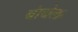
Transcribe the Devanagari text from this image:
बांधेल